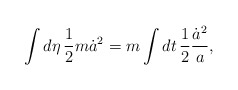
\begin{align*}\int d\eta\, {1\over2}m\dot a^2=m\int dt\,{1\over2}{\dot a^2\over a},\end{align*}